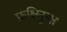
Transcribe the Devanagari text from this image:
फ्रक्षिनुन्क्ष